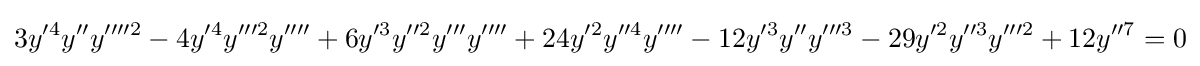
3y^{\prime 4}y^{\prime \prime }y^{\prime \prime \prime \prime 2}-4y^{\prime 4}y^{\prime \prime \prime 2}y^{\prime \prime \prime \prime }+6y^{\prime 3}y^{\prime \prime 2}y^{\prime \prime \prime }y^{\prime \prime \prime \prime }+24y^{\prime 2}y^{\prime \prime 4}y^{\prime \prime \prime \prime }-12y^{\prime 3}y^{\prime \prime }y^{\prime \prime \prime 3}-29y^{\prime 2}y^{\prime \prime 3}y^{\prime \prime \prime 2}+12y^{\prime \prime 7}=0